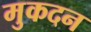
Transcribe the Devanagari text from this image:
मुकदन